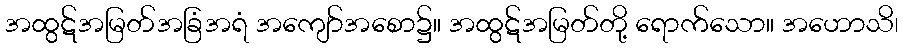
အထွဋ်အမြတ်အခြံအရံ အကျော်အစော၌။ အထွဋ်အမြတ်တို့ ရောက်သော။ အဟောသိ၊